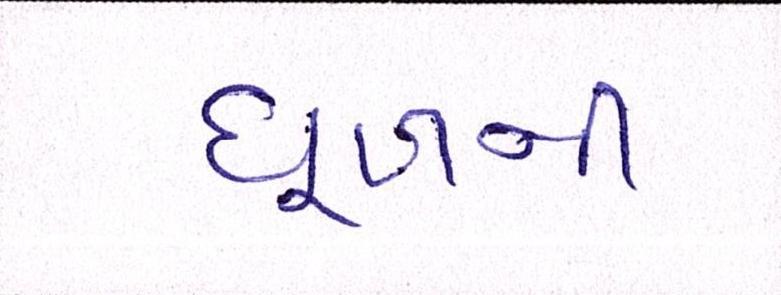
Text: ધૂળની